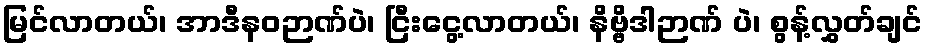
မြင်လာတယ်၊ အာဒီနဝဉာဏ်ပဲ၊ ငြီးငွေ့လာတယ်၊ နိဗ္ဗိဒါဉာဏ် ပဲ၊ စွန့်လွှတ်ချင်